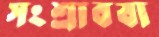
সংশ্রাববা